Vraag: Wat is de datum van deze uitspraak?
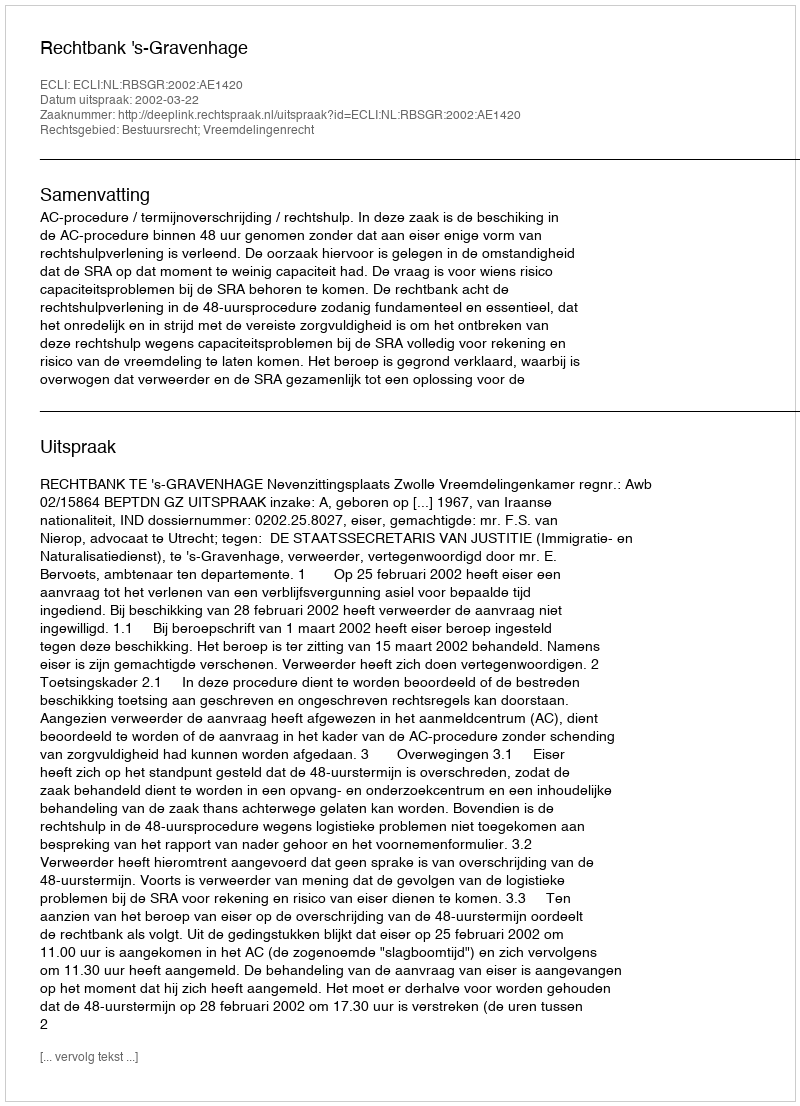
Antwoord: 2002-03-22